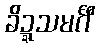
ခိဍ္ဍသမင်္ဂီ